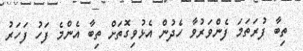
ތިބާ ފުރަތަމަ ފެންވަރުވާ ހެދުން އެޅުވިގޮތަށް ތިބާ އެންމެ ފަހު ފަހަރު